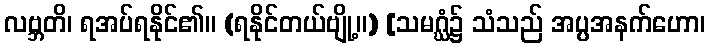
လဗ္ဘတိ၊ ရအပ်ရနိုင်၏။ (ရနိုင်တယ်ဗျို့။) [သမဂ္ဃံ၌ သံသည် အပ္ပအနက်ဟော၊